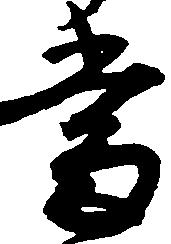
当